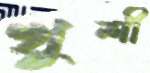
খুশী